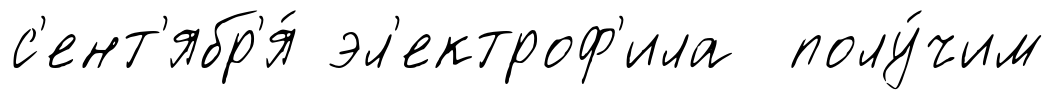
с'ент'ябр'я́ эл'ектроф'ила полу́чим